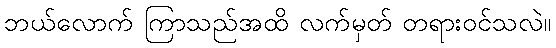
ဘယ်လောက် ကြာသည်အထိ လက်မှတ် တရားဝင်သလဲ။